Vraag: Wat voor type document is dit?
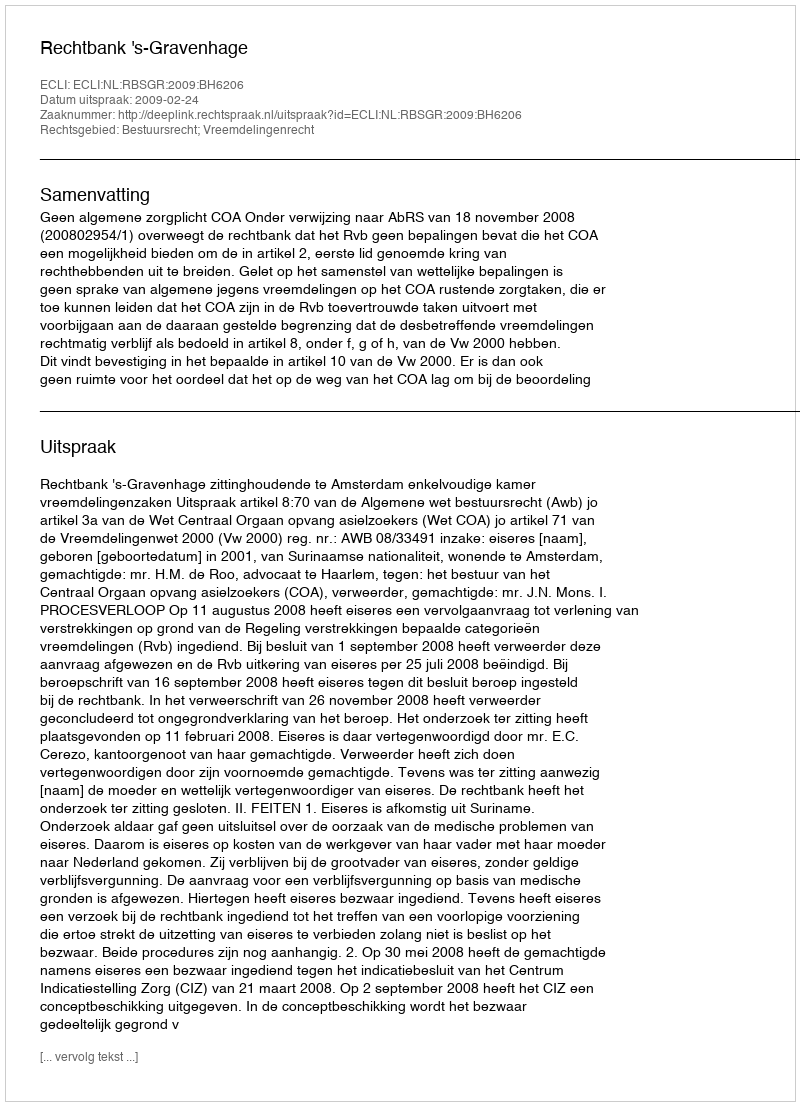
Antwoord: Uitspraak